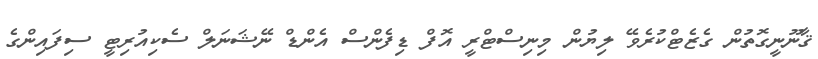
ޤާނޫނީގޮތުން ގެޒެޓްކުރެވޭ ލިޔުން މިނިސްޓްރީ އޮފް ޑިފެންސް އެންޑް ނޭޝަނަލް ސެކިއުރިޓީ ސިފައިންގެ